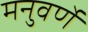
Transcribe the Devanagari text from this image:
मनुवर्णे